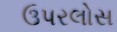
ઉપરલોસ